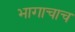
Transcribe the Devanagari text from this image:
भागाचाच